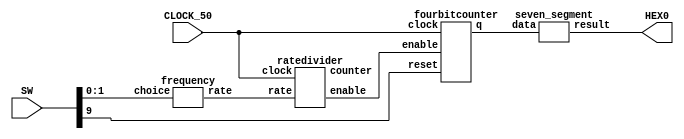
module lab5part2(SW, HEX0, CLOCK_50);
	input [9:0] SW;
	input CLOCK_50;
	output [6:0] HEX0;
	wire [3:0] Q;
	wire enable;
	wire [26:0] counter, rate;
	
	
	frequency f(.choice(SW[1:0]), .rate(rate));
	ratedivider r(.enable(enable), .clock(CLOCK_50), .rate(rate), .counter(counter));
	fourbitcounter four(.enable(enable), .clock(CLOCK_50), .reset(SW[9]), .q(Q));
	
	seven_segment seven(.data(Q), .result(HEX0));

endmodule


module ratedivider(enable, clock, rate, counter);
	input [26:0] rate;
	input clock;
	output reg enable;
	output reg [26:0] counter;

	always @(posedge clock)
	begin
		if(counter === 27'bx)
			counter <=27'b0;
	
		else if (counter == rate)
		begin 
			enable = 1'b1;
			counter <= 27'b0;
		end
		
		else 
		begin
			enable = 1'b0;
			counter <= counter + 1;
		end
		
	end
	

endmodule


module fourbitcounter(input enable, clock, reset, output reg [3:0] q);
	always @(posedge clock) 
	begin
		if (reset == 1'b0) 
			q <= 0; 
		else if (enable == 1'b1) 
			q <= q + 1; 
	end
endmodule


module frequency(input [1:0] choice, output reg [26:0] rate);
	always @(*)
	begin
		case(choice)
			2'b00: rate = 'd0;
			2'b01: rate = 'd24999999;
			2'b10: rate = 'd49999999;
			2'b11: rate = 'd99999999;
		endcase
	end
endmodule



module seven_segment(data,result);
	input [3:0] data;
	output [6:0] result;

	assign result[0] = ~data[3] & ~data[2] & ~data[1] & data[0] | ~data[3] & data[2] & ~data[1] & ~data[0] | data[3] & ~data[2] & data[1] & data[0] | data[3] & data[2] & ~data[1] & data[0] ;

	assign result[1] = ~data[3] & data[2] & ~data[1] & data[0] | ~data[3] & data[2] & data[1] & ~data[0] | data[3] & ~data[2] & data[1] & data[0] | data[3] & data[2] & ~data[1] & ~data[0] | data[3] & data[2] & data[1] & ~data[0] | data[3] & data[2] & data[1] & data[0] ;

	assign result[2] = ~data[3] & ~data[2] & data[1] & ~data[0] | ~data[3] & data[2] & data[1] & data[0] | data[3] & data[2] & ~data[1] & ~data[0] | data[3] & data[2] & data[1] & ~data[0] | data[3] & data[2] & data[1] & data[0] ;

	assign result[3] = ~data[3] & ~data[2] & ~data[1] & data[0] | ~data[3] & data[2] & ~data[1] & data[0]  | ~data[3] & data[2] & data[1] & data[0] | data[3] & ~data[2] & data[1] & ~data[0] | data[3] & data[2] & data[1] & data[0] ;

	assign result[4] = ~data[3] & ~data[2] & ~data[1] & data[0] | ~data[3] & ~data[2] & data[1] & data[0] | ~data[3] & data[2] & ~data[1] & ~data[0] | ~data[3] & data[2] & ~data[1] & data[0] | ~data[3] & data[2] & data[1] & data[0] | data[3] & ~data[2] & ~data[1] & data[0] ;

	assign result[5] = ~data[3] & ~data[2] & ~data[1] & data[0] | ~data[3] & ~data[2] & data[1] & ~data[0] | ~data[3] & ~data[2] & data[1] & data[0] | ~data[3] & data[2] & data[1] & data[0] | data[3] & data[2] & ~data[1] & data[0] ;

	assign result[6] = ~data[3] & ~data[2] & ~data[1] & ~data[0] | ~data[3] & ~data[2] & ~data[1] & data[0] | ~data[3] & data[2] & data[1] & data[0] | data[3] & data[2] & ~data[1] & ~data[0] ;

endmodule